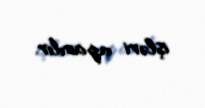
işləri aparılır.